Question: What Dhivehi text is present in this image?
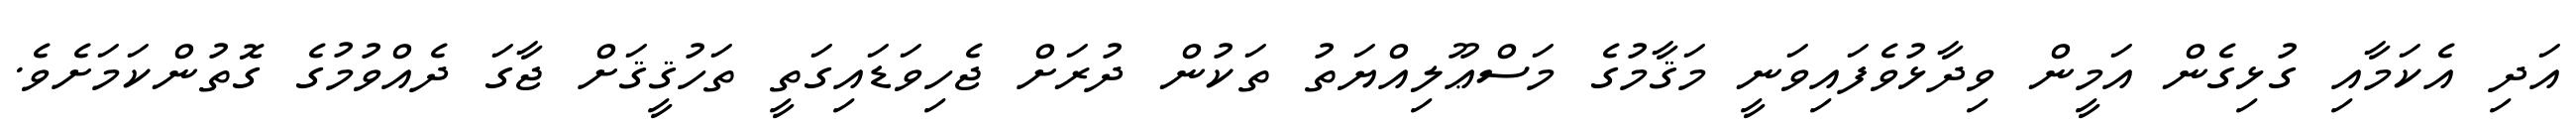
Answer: އަދި އެކަމާއި ގުޅިގެން އަމީން ވިދާޅުވެފައިވަނީ މަޤާމުގެ މަސްޢޫލިއްޔަތު ތަކުން ދުރަށް ޖެހިވަޑައިގަތީ ތަހުޤީޤަށް ޖާގަ ދެއްވުމުގެ ގޮތުންކަމަށެވެ.